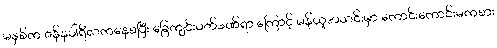
မနှစ်က ဇန်နဝါရီလကနေစပြီး ခြေကျင်းဝတ်ဒဏ်ရာ ကြောင့် မန်ယူအသင်းမှာ ကောင်းကောင်းမကစား